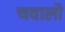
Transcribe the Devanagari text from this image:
चवालो